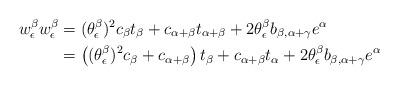
LaTeX: \begin{align*} w^\beta_\epsilon w^\beta_\epsilon &= (\theta^\beta_\epsilon)^2 c_\beta t_\beta + c_{\alpha+\beta} t_{\alpha+\beta} + 2\theta^\beta_\epsilon b_{\beta, \alpha+\gamma} e^\alpha \\ &= \left( (\theta^\beta_\epsilon)^2 c_\beta + c_{\alpha+\beta} \right) t_\beta + c_{\alpha+\beta} t_\alpha + 2\theta^\beta_\epsilon b_{\beta, \alpha+\gamma} e^\alpha\end{align*}